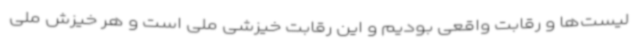
لیست‌ها و رقابت واقعی بودیم و این رقابت خیزشی ملی است و هر خیزش ملی